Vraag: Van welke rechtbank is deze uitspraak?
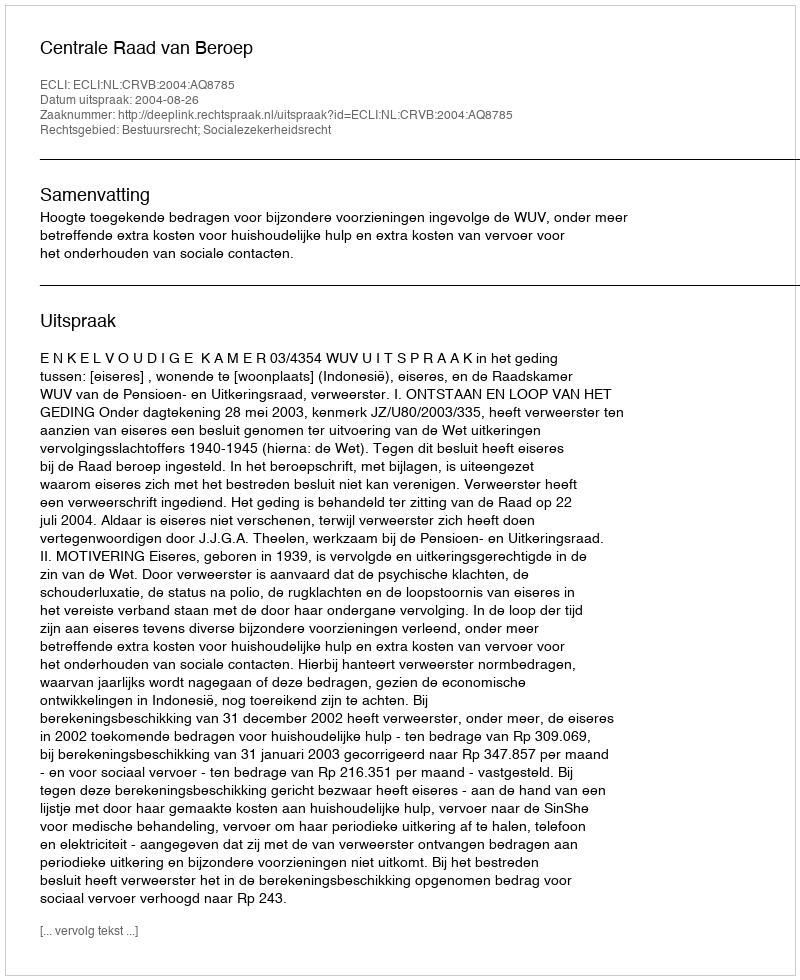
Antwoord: Centrale Raad van Beroep